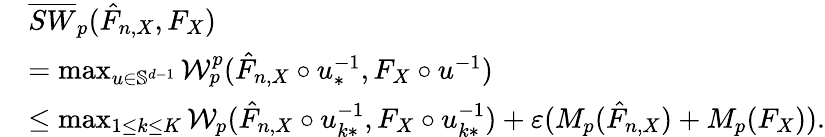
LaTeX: \begin{array}{rl}&{\overline{{SW}}_{p}(\hat{F}_{n,X},F_{X})}\\ &{=\operatorname*{max}_{u\in\mathbb{S}^{d-1}}\mathcal{W}_{p}^{p}(\hat{F}_{n,X}\circ u_{*}^{-1},F_{X}\circ u^{-1})}\\ &{\leq\operatorname*{max}_{1\leq k\leq K}\mathcal{W}_{p}(\hat{F}_{n,X}\circ u_{k*}^{-1},F_{X}\circ u_{k*}^{-1})+\varepsilon(M_{p}(\hat{F}_{n,X})+M_{p}(F_{X})).}\end{array}